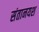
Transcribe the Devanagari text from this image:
संतानयश